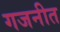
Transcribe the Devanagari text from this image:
गजनीत